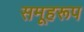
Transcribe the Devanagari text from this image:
समूहरूप